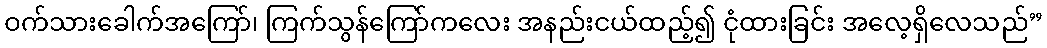
ဝက်သားခေါက်အကြော်၊ ကြက်သွန်ကြော်ကလေး အနည်းငယ်ထည့်၍ ငုံထားခြင်း အလေ့ရှိလေသည်”